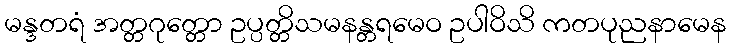
မန္ဒတရံ အတ္တဂုတ္တော ဥပ္ပတ္တိသမနန္တရမေဝ ဥပါဝိသိ ကတပုညနာမေန